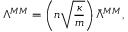
\Lambda ^ { M M } = \left( n \sqrt { \frac { \kappa } { m } } \right) \bar { \Lambda } ^ { M M } ,